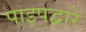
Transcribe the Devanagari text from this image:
पाइपद्वारे